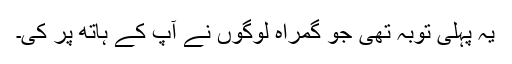
یہ پہلی توبہ تھی جو گمراہ لوگوں نے آپ کے ہاتھ پر کی۔